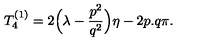
T _ { 4 } ^ { ( 1 ) } = 2 \Bigl ( \lambda - \frac { p ^ { 2 } } { q ^ { 2 } } \Bigr ) \eta - 2 p . q \pi .